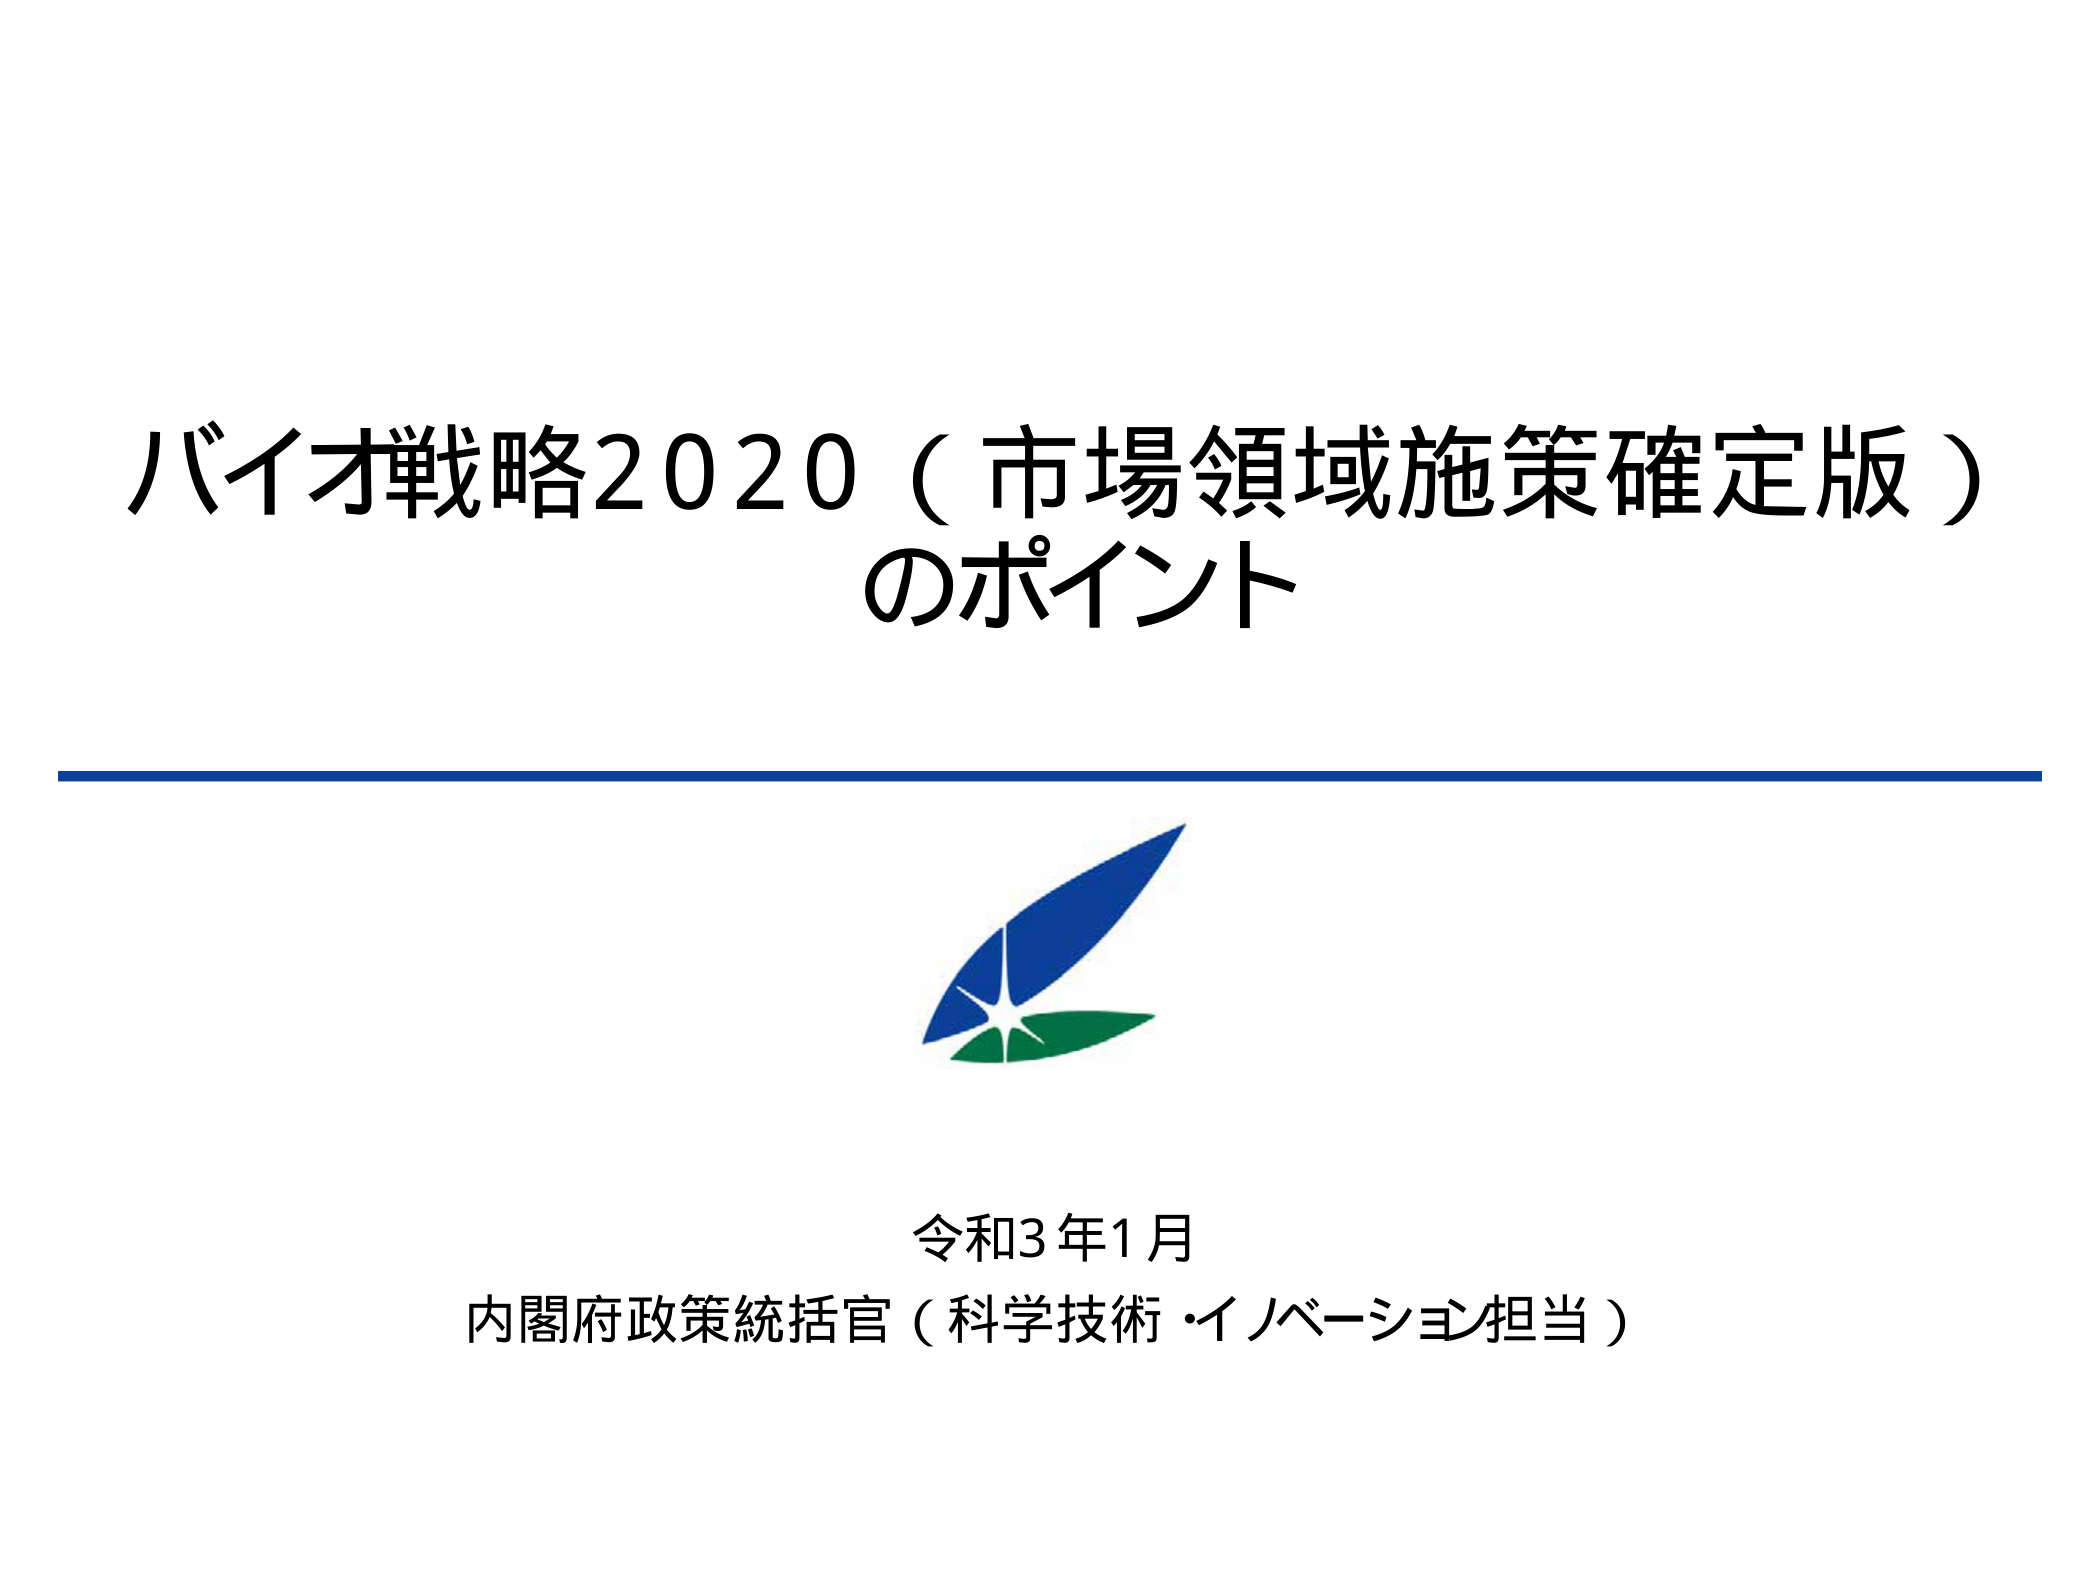
バイオ戦略2020（市場領域施策確定版）
のポイント

令和3年1月
内閣府政策統括官（科学技術・イノベーション担当）